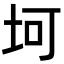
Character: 坷